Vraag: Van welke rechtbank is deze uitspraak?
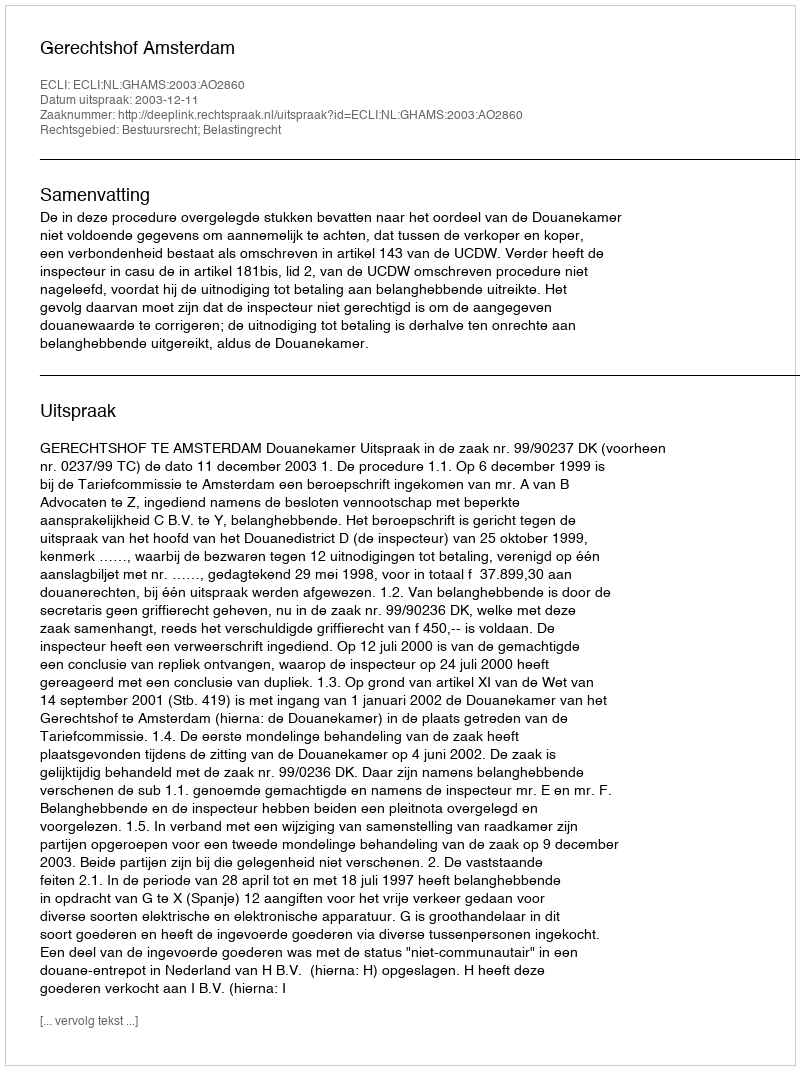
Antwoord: Gerechtshof Amsterdam